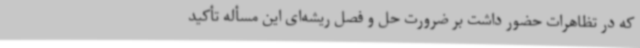
که در تظاهرات حضور داشت بر ضرورت حل و فصل ریشه‌ای این مسأله تأکید